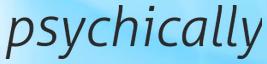
psychically